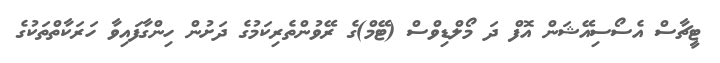
ޓީޗާސް އެސޯސިއޭޝަން އޮފް ދަ މޯލްޑިވްސް (ޓޭމް)ގެ ރޭވުންތެރިކަމުގެ ދަށުން ހިންގާފައިވާ ހަރަކާތްތަކުގެ